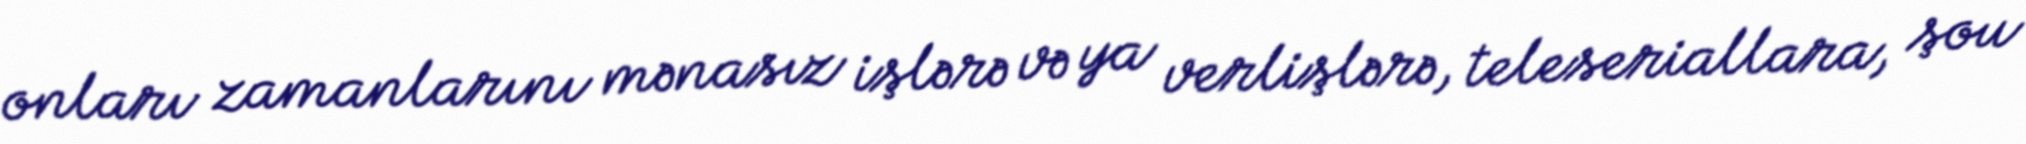
onları zamanlarını mənasız işlərə və ya verlişlərə, teleseriallara, şou